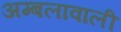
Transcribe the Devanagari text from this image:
अम्बलावाली